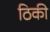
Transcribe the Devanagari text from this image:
ठिकी